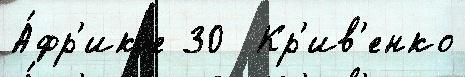
А́фр'ик'е 30  Кр'ив'енко